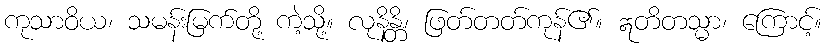
ကုသာဝိယ၊ သမန်းမြက်တို့ ကဲ့သို့။ လုနိန္တိ၊ ဖြတ်တတ်ကုန်၏။ ဣတိတသ္မာ၊ ကြောင့်။